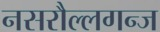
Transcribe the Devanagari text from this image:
नसरौल्लगन्ज